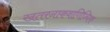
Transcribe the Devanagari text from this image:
खतरनाकवाणिज्यिक